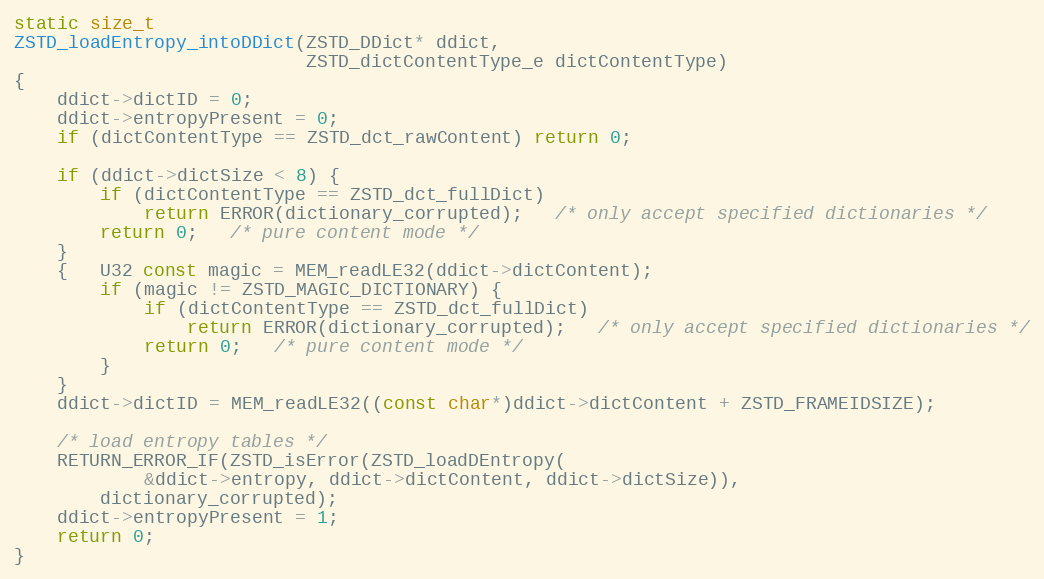
Language: C
static size_t
ZSTD_loadEntropy_intoDDict(ZSTD_DDict* ddict,
                           ZSTD_dictContentType_e dictContentType)
{
    ddict->dictID = 0;
    ddict->entropyPresent = 0;
    if (dictContentType == ZSTD_dct_rawContent) return 0;

    if (ddict->dictSize < 8) {
        if (dictContentType == ZSTD_dct_fullDict)
            return ERROR(dictionary_corrupted);   /* only accept specified dictionaries */
        return 0;   /* pure content mode */
    }
    {   U32 const magic = MEM_readLE32(ddict->dictContent);
        if (magic != ZSTD_MAGIC_DICTIONARY) {
            if (dictContentType == ZSTD_dct_fullDict)
                return ERROR(dictionary_corrupted);   /* only accept specified dictionaries */
            return 0;   /* pure content mode */
        }
    }
    ddict->dictID = MEM_readLE32((const char*)ddict->dictContent + ZSTD_FRAMEIDSIZE);

    /* load entropy tables */
    RETURN_ERROR_IF(ZSTD_isError(ZSTD_loadDEntropy(
            &ddict->entropy, ddict->dictContent, ddict->dictSize)),
        dictionary_corrupted);
    ddict->entropyPresent = 1;
    return 0;
}